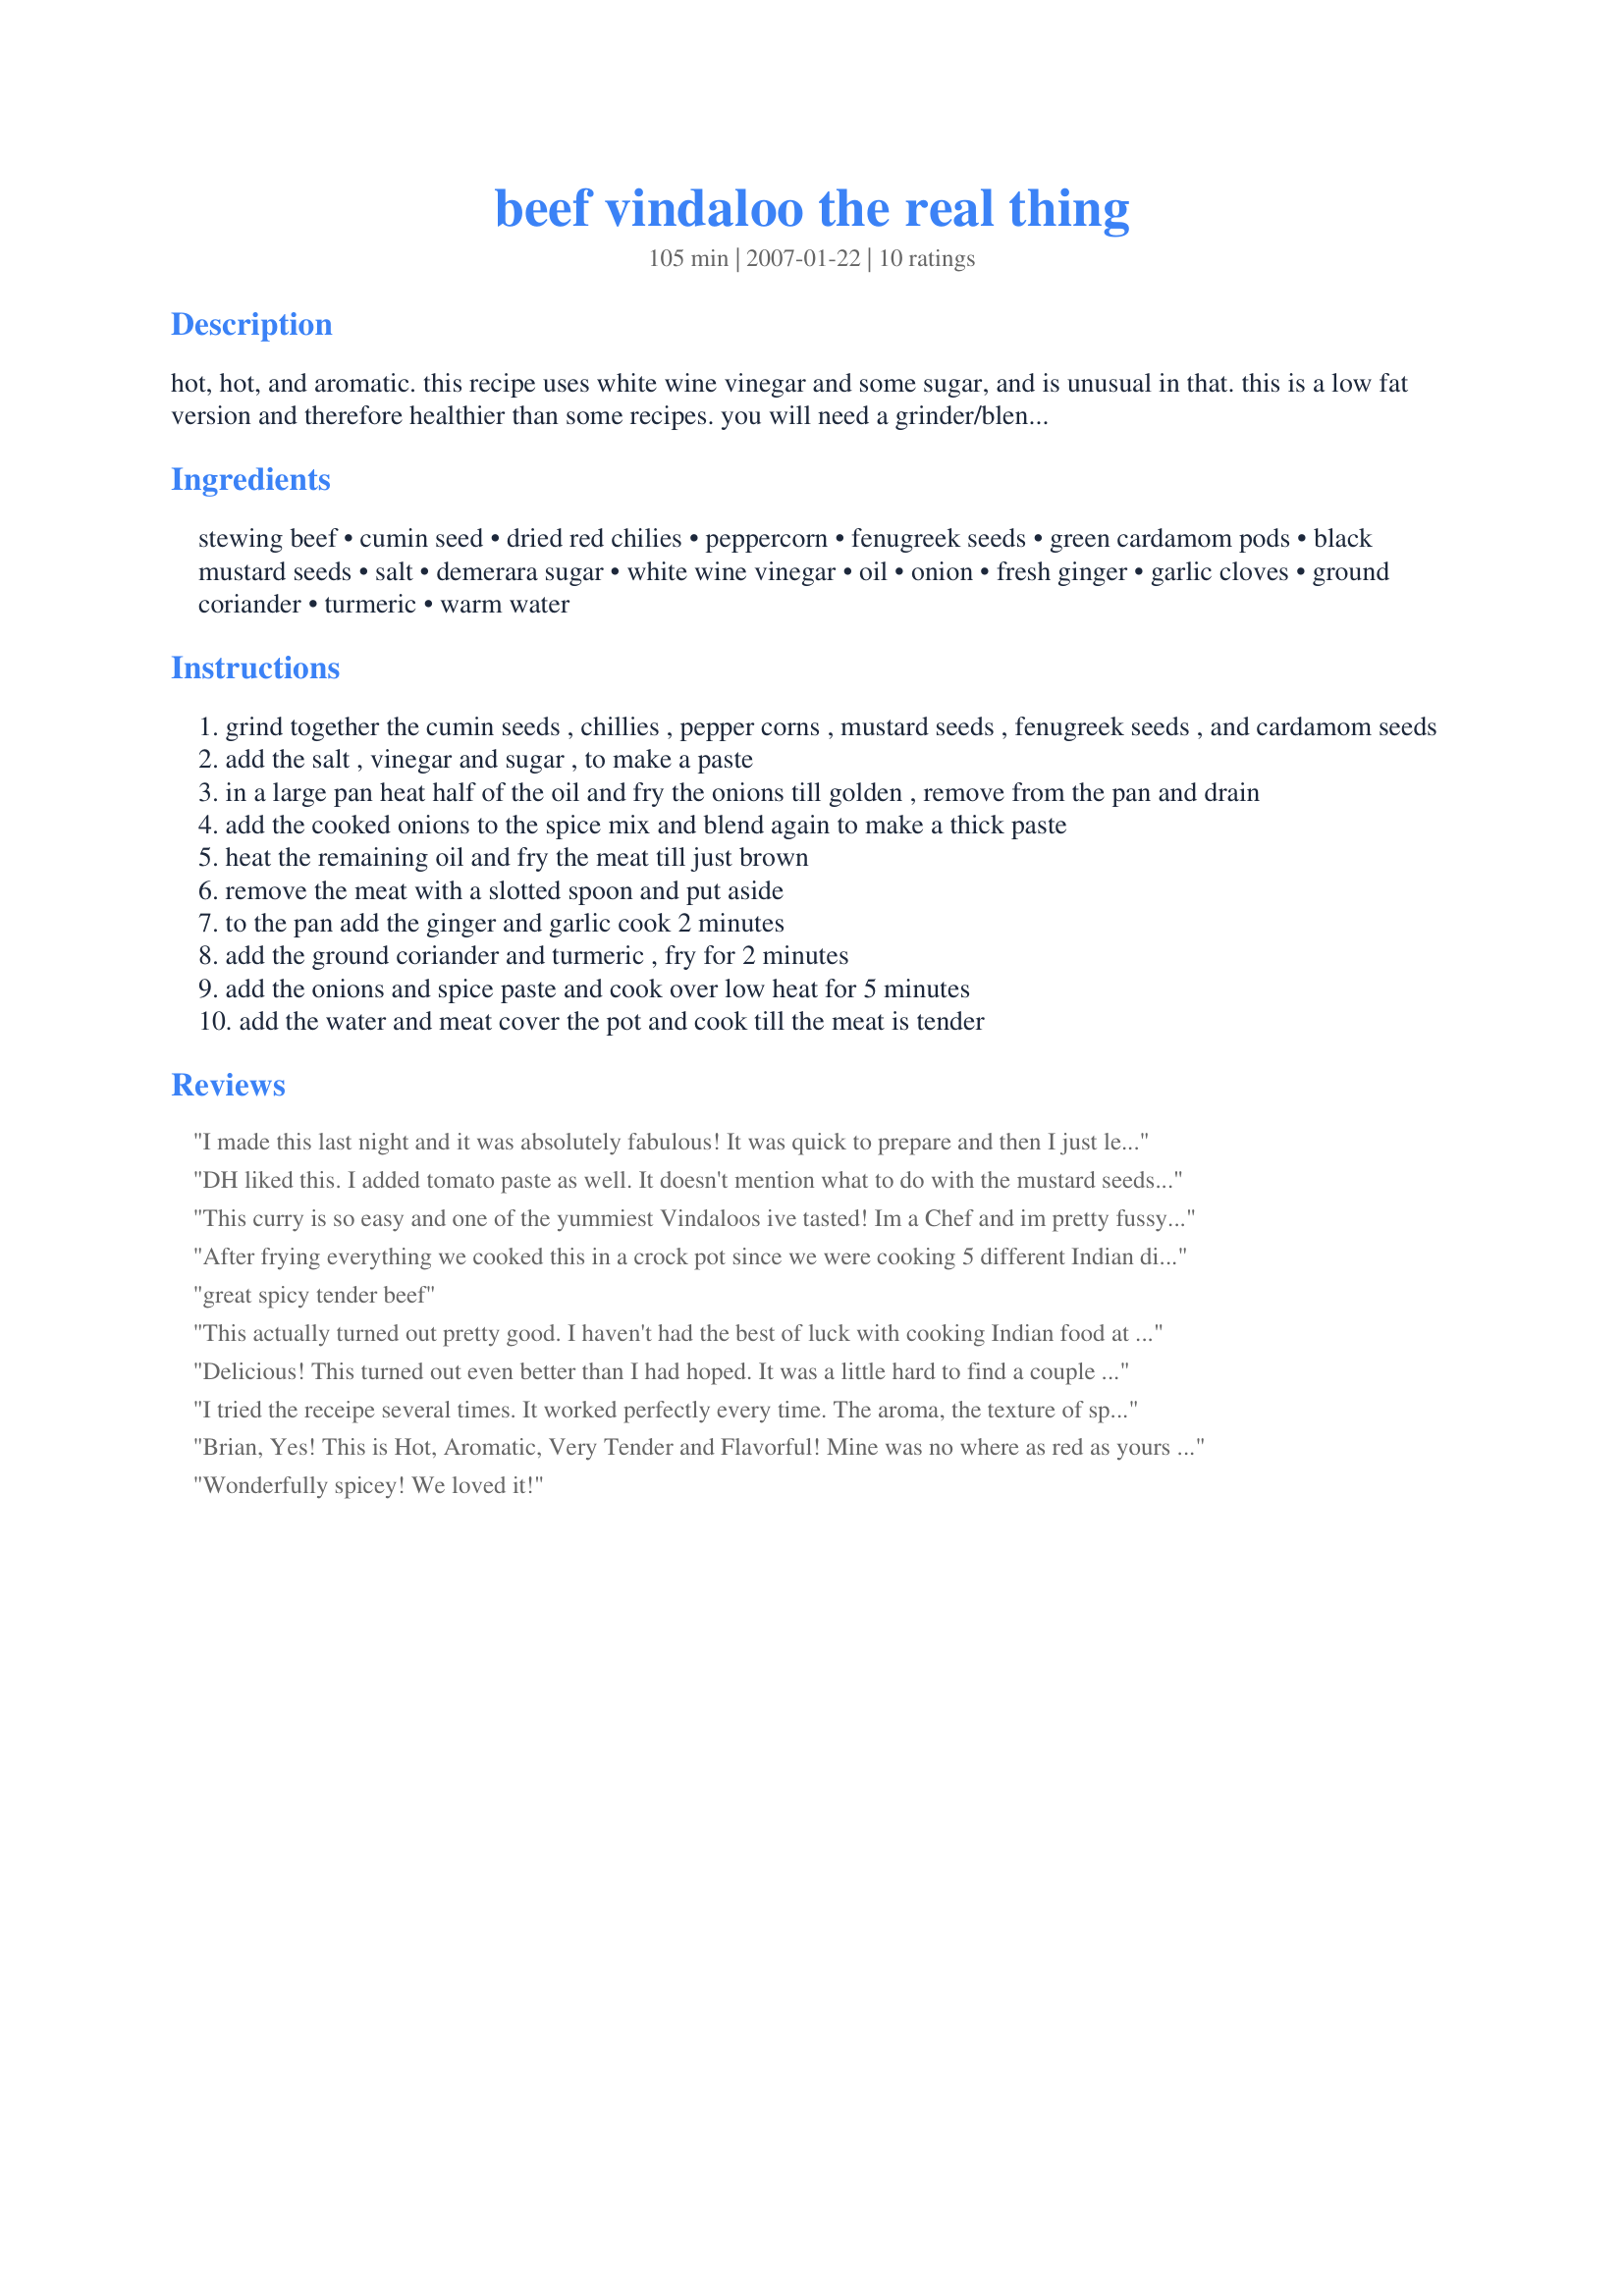
beef vindaloo the real thing
Preparation time: 105 minutes

hot, hot, and aromatic. this recipe uses white wine vinegar and some sugar, and is unusual in that. this is a low fat version and therefore healthier than some recipes. you will need a grinder/blender or mortar and pestle to make this dish. its a cracker. ps. a glass of lager goes well with this.

Ingredients:
stewing beef, cumin seed, dried red chilies, peppercorn, fenugreek seeds, green cardamom pods, black mustard seeds, salt, demerara sugar, white wine vinegar, oil, onion, fresh ginger, garlic cloves, ground coriander, turmeric, warm water

Steps:
grind together the cumin seeds , chillies , pepper corns , mustard seeds , fenugreek seeds , and cardamom seeds
add the salt , vinegar and sugar , to make a paste
in a large pan heat half of the oil and fry the onions till golden , remove from the pan and drain
add the cooked onions to the spice mix and blend again to make a thick paste
heat the remaining oil and fry the meat till just brown
remove the meat with a slotted spoon and put aside
to the pan add the ginger and garlic cook 2 minutes
add the ground coriander and turmeric , fry for 2 minutes
add the onions and spice paste and cook over low heat for 5 minutes
add the water and meat cover the pot and cook till the meat is tender

Reviews:
I made this last night and it was absolutely fabulous! It was quick to prepare and then I just left it cook for about 1 and a half hours, the meat was so tender and deliciously spicy! This is a such a tasty way to use a cheap cut of beef, and I had all the other ingredients already on hand. I cooked it in a Le Creuset French Oven on the stove top, it was perfect. I might even make double qty of the paste next time and freeze half. Thank you for a great recipe!
DH liked this. I added tomato paste as well. It doesn't mention what to do with the mustard seeds so I ground them with the cumin etc. Thanks.
This curry is so easy and one of the yummiest Vindaloos ive tasted! Im a Chef and im pretty fussy but this curry will be going into my regular recipe box! Thanks :D
After frying everything we cooked this in a crock pot since we were cooking 5 different Indian dishes at a time and didn't have room on the stove for everything. Great flavor, but we weren't able to reduce the sauce down to make the nice thick gravy pictured, which was a shame. We used 2 red peppers plus a ghost pepper, and it had a little kick but not enough for us. Next time we'll do the full 5 red peppers plus a ghost pepper.
great spicy tender beef
This actually turned out pretty good. I haven't had the best of luck with cooking Indian food at home but surprisingly I enjoyed this one. I always imagined vindaloo being more reddish but the brown kind like in this recipe was great either way. I added extra water and cooked mine for about 2-2.5 hours to get the meat extra tender.
Delicious! This turned out even better than I had hoped. It was a little hard to find a couple of the ingredients, but the local Indian market had them.
I tried the receipe several times. It worked perfectly every time. The aroma, the texture of spices and most importantly the taste is fabulous!
Brian,
 Yes! This is Hot, Aromatic, Very Tender and Flavorful! Mine was no where as red as yours and to look at the ingredients I can`t see what would make it so red and rich looking? But no matter it was delish! This was my first at making vindaloo and won`t be my last. My DH always wanted to have this because of the show Red Dwarf. Little did I know that till we went to a Indian restaurant and he ordered it. He was disappointed and I just knew it wasn`t prepared right! So I looked and found your recipe and had great results. I served over recipe #55617. 
Thank you!
Wonderfully spicey!
We loved it!
